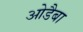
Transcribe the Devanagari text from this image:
ओडैबा